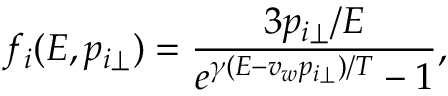
f _ { i } ( E , p _ { i \perp } ) = { \frac { 3 p _ { i \perp } / E } { e ^ { \gamma ( E - v _ { w } p _ { i \perp } ) / T } - 1 } } ,